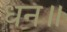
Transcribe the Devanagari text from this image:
धन॥